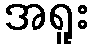
အရူး